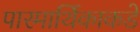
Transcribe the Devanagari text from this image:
पारमार्थिकाकडे